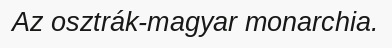
Az osztrák-magyar monarchia.